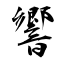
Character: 響